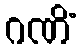
ဂဏိံ